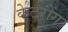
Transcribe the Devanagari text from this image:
केटरींग